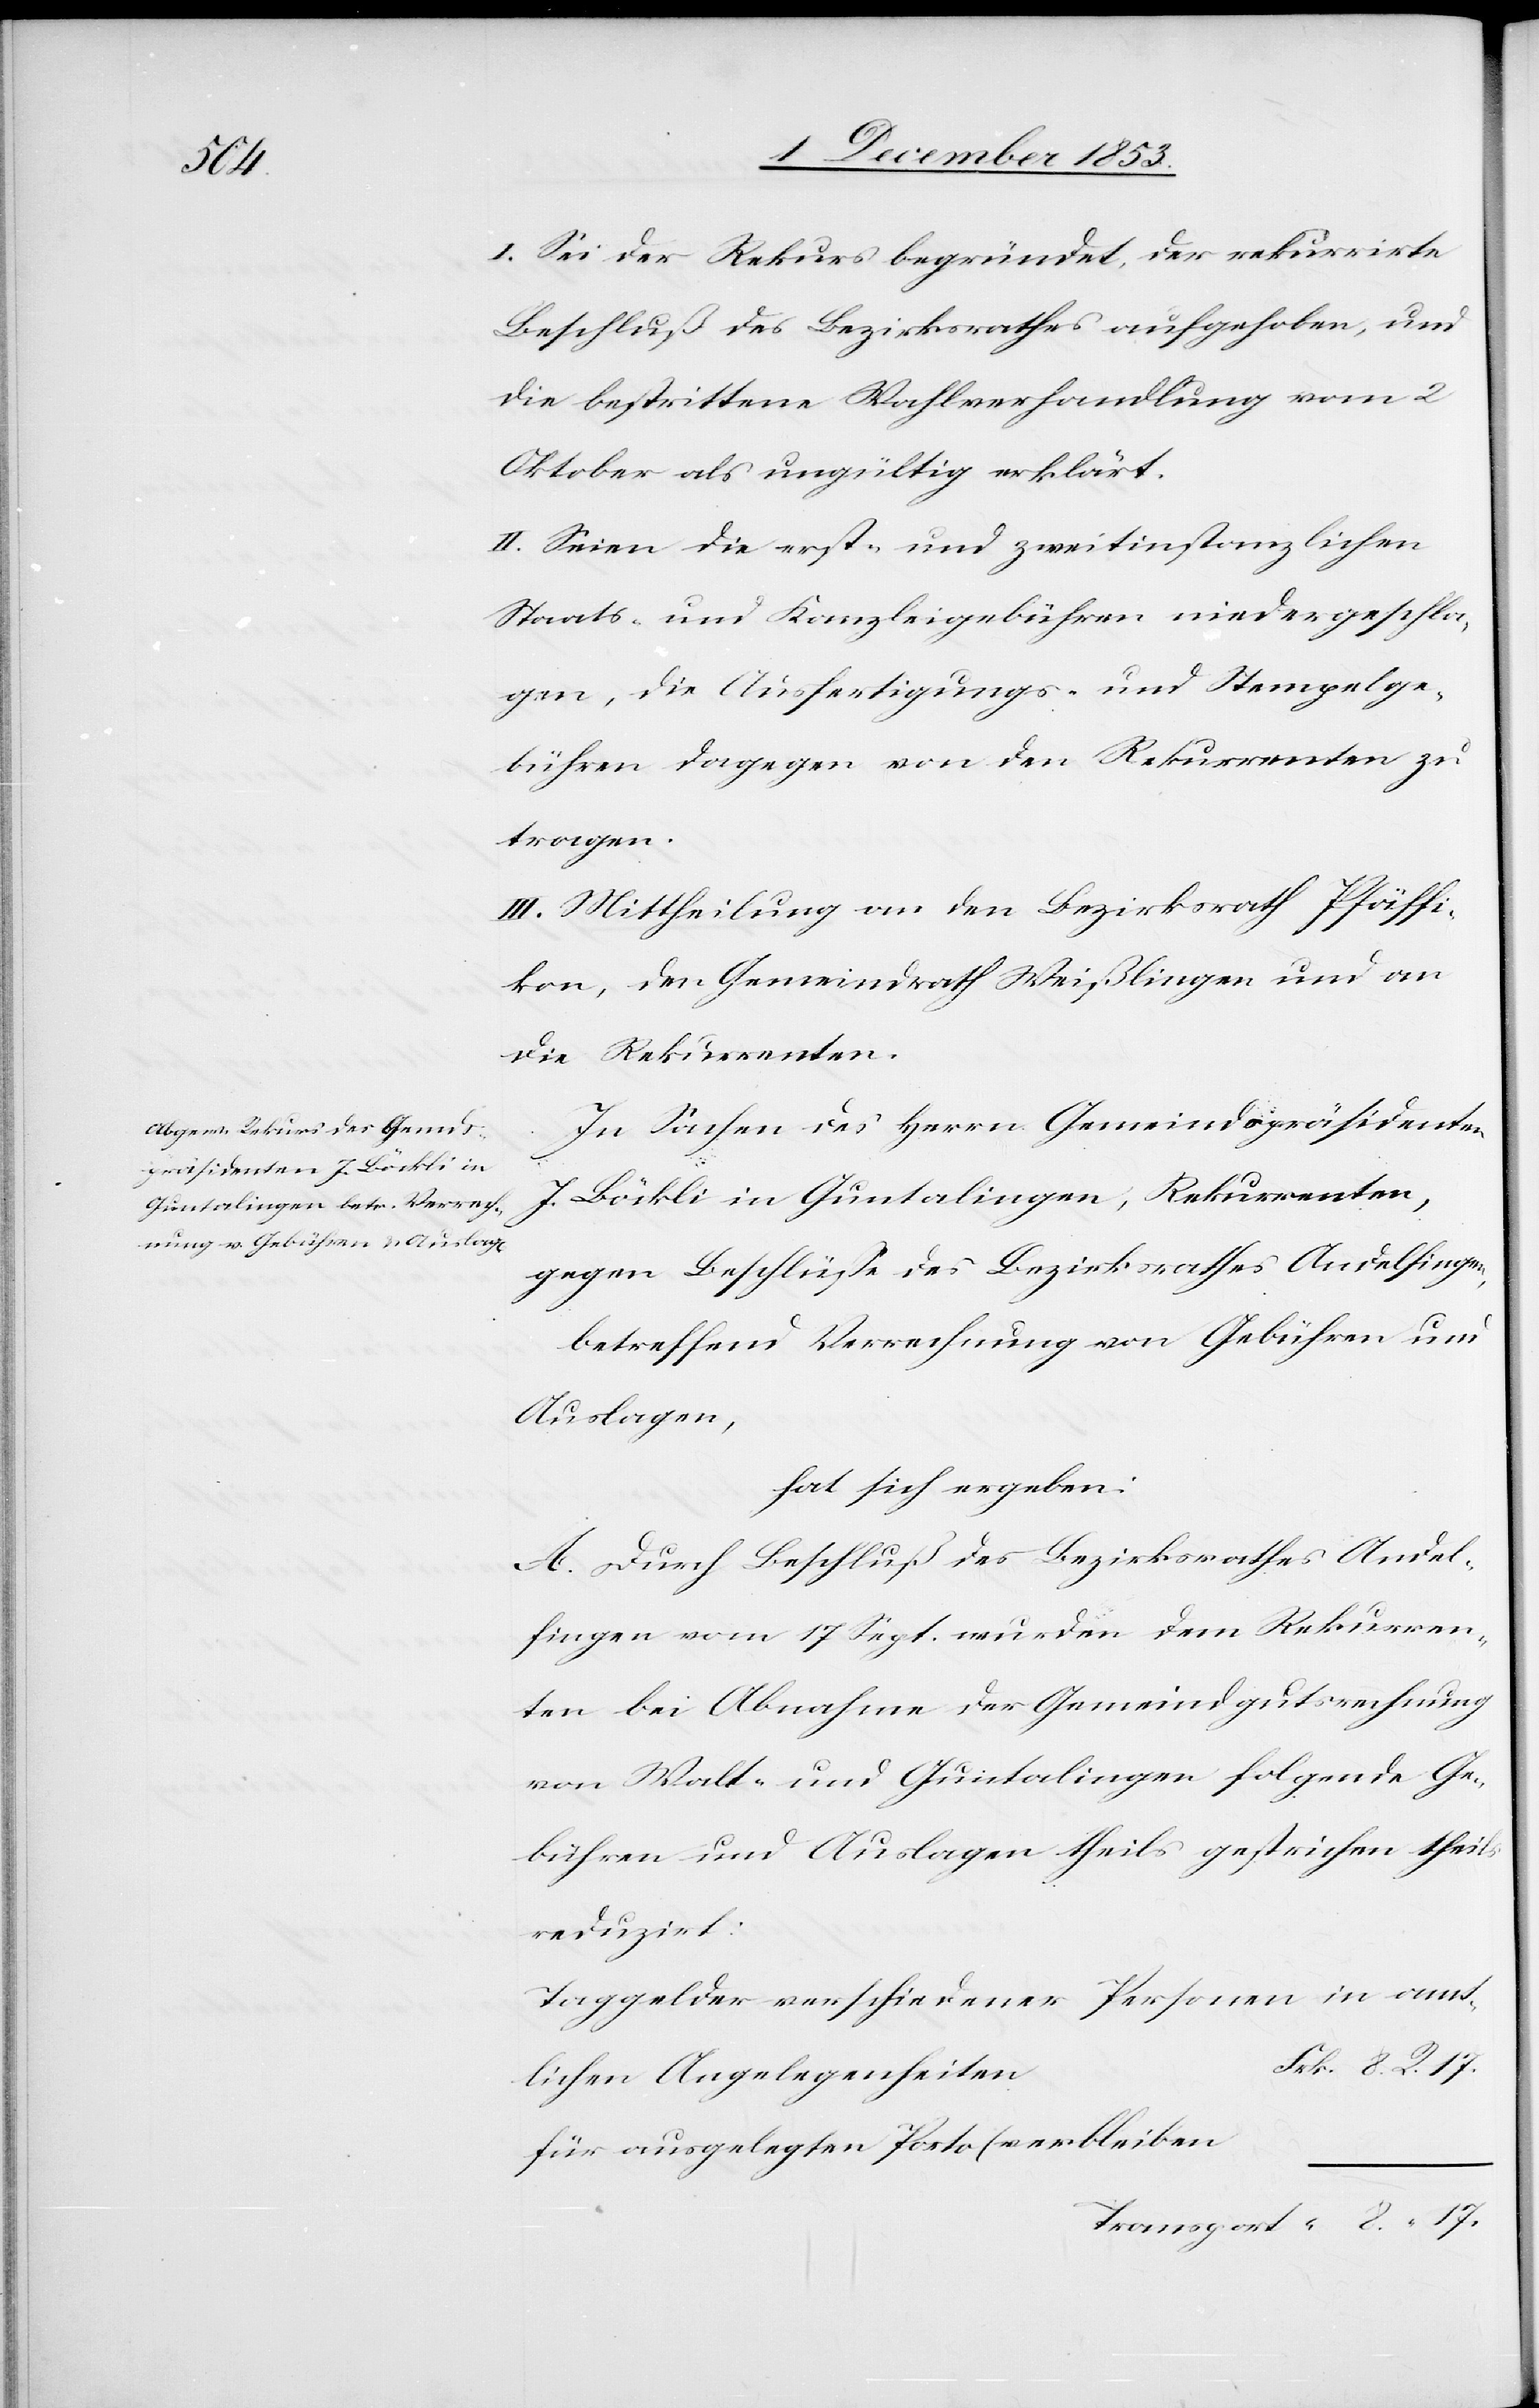
I. Sei der Rekurs begründet, der rekurrirte
Beschluß des Bezirksrathes aufgehoben, und
die bestrittene Wahlverhandlung vom 2
Oktober als ungültig erklärt.
II. Seien die erst- und zweitinstanzlichen
Staats- und Kanzleigebühren niedergeschla¬
gen, die Ausfertigungs- u. Stempelge¬
bühren dagegen von den Rekurrenten zu
tragen.
III. Mittheilung an den Bezirksrath Pfäffi¬
kon, den Gemeindrath Weißlingen und an
die Rekurrenten.
In Sachen des Herrn Gemeindspräsidenten
J. Bürkli in Guntalingen, Rekurrenten,
gegen Beschlüße des Bezirksrathes Andelfingen,
betreffend Verrechnung von Gebühren und
Auslagen,
hat sich ergeben:
A. Durch Beschluß des Bezirksrathes Andel¬
fingen vom 17 Sept. wurden dem Rekurren¬
ten bei Abnahme der Gemeindsgutrechnung
von Walt- und Guntalingen folgende Ge¬
bühren und Auslagen theils gestrichen theils
reduzirt:
Taggelder verschiedener Personen in amt¬
rk. 8 R. 17.
lichen Angelegenheiten	F¬
für ausgelegten Porto (verbleiben